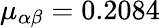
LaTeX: \mu_{\alpha\beta}=0.2084